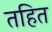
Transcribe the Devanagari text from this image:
तहित